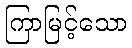
ကြာမြင့်သော